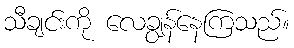
သီချင်းကို လေချွန်နေကြသည်။